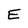
Character: E